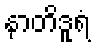
နာတိဒူရံ